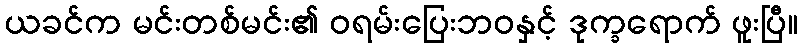
ယခင်က မင်းတစ်မင်း၏ ဝရမ်းပြေးဘဝနှင့် ဒုက္ခရောက် ဖူးပြီ။